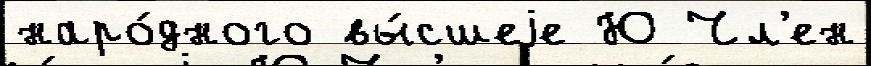
наро́дного вы́сшеjе Ю Чл'ен